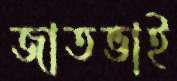
জাতভাই